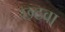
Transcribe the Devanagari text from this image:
छटवा